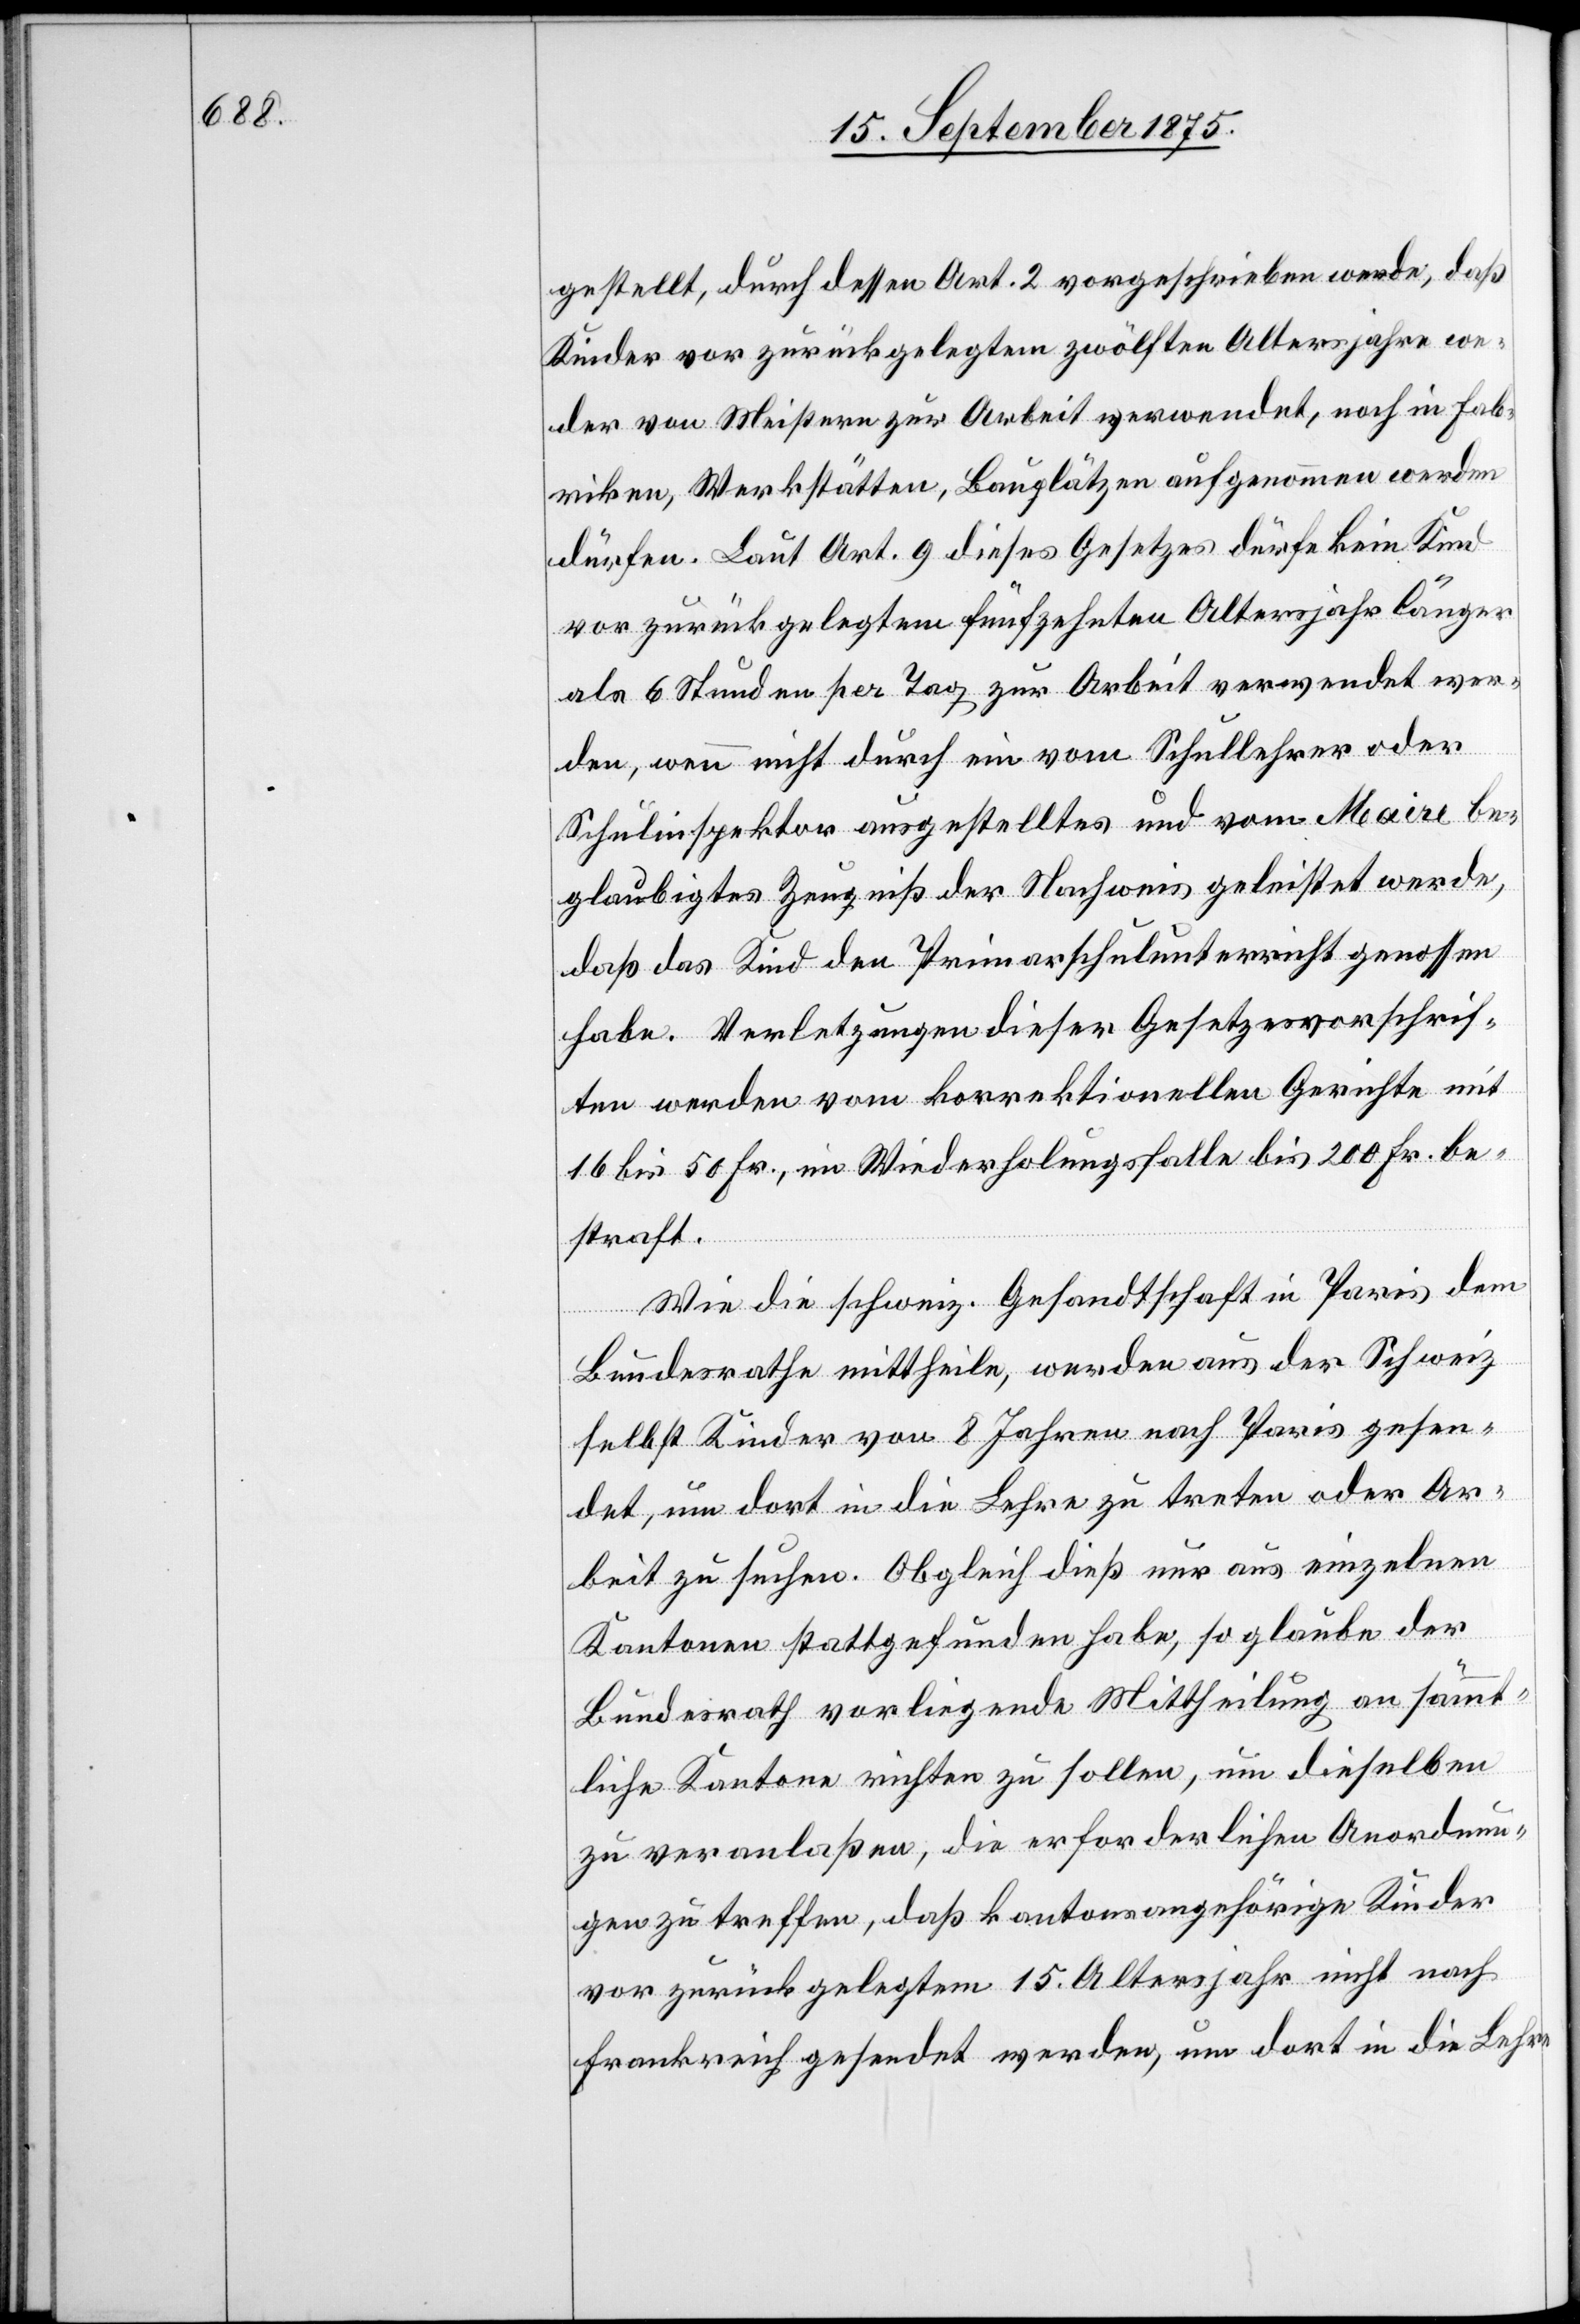
gestellt, durch dessen Art. 2 vorgeschrieben werde, daß
Kinder vor zurückgelegtem zwölften Altersjahre we¬
der von Meistern zur Arbeit verwendet, noch in Fab¬
riken, Werkstätten, Bauplätzen aufgenommen werden
dürfen. Laut Art. 9 dieses Gesetzes dürfe kein Kind
vor zurückgelegtem fünfzehnten Altersjahr länger
als 6 Stunden per Tag zur Arbeit verwendet wer¬
den, wenn nicht durch ein vom Schullehrer oder
Schulinspektor ausgestelltes und vom Maire be¬
glaubigtes Zeugniß der Nachweis geleistet werde,
daß das Kind den Primarschulunterricht genossen
habe. Verletzungen dieser Gesetzesvorschrif¬
ten werden vom korrektionellen Gerichte mit
16 bis 50 Fr., im Wiederholungsfalle bis 200 Fr. be¬
straft.
Wie die schweiz. Gesandtschaft in Paris dem
Bundesrathe mittheile, werden aus der Schweiz
selbst Kinder von 8 Jahren nach Paris gesen¬
det, um dort in die Lehre zu treten oder Ar¬
beit zu suchen. Obgleich dieß nur aus einzelnen
Kantonen stattgefunden habe, so glaube der
Bundesrath vorliegende Mittheilung an sämmt¬
liche Kantone richten zu sollen, um dieselben
zu veranlaßen, die erforderlichen Anordnun¬
gen zu treffen, daß kantonsangehörige Kinder
vor zurückgelegtem 15. Altersjahr nicht nach
Frankreich gesendet werden, um dort in die Lehre